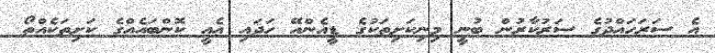
އެ ސަރަހައްދުގެ ސަރުކާރުން ބުނީ މިނިކަށިތަކުގެ ޑީއެންއޭ ހަދައި އެއީ ކޮންބައެއްގެ ކަށިތަކެއްތޯ